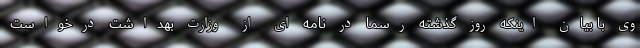
وی با بیان اینکه روز گذشته رسما در نامه ای از وزارت بهداشت درخواست